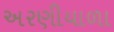
અરણીયાળા